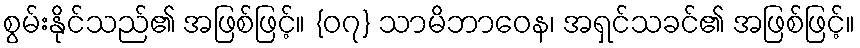
စွမ်းနိုင်သည်၏ အဖြစ်ဖြင့်။ {၀၇} သာမိဘာဝေန၊ အရှင်သခင်၏ အဖြစ်ဖြင့်။